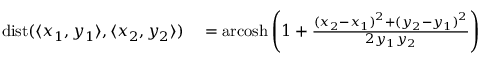
\begin{array} { r l } { \operatorname { d i s t } ( \langle x _ { 1 } , y _ { 1 } \rangle , \langle x _ { 2 } , y _ { 2 } \rangle ) } & { { } = \operatorname { a r c o s h } \left( 1 + { \frac { { ( x _ { 2 } - x _ { 1 } ) } ^ { 2 } + { ( y _ { 2 } - y _ { 1 } ) } ^ { 2 } } { 2 y _ { 1 } y _ { 2 } } } \right) } \end{array}